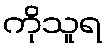
ကိုသူရ